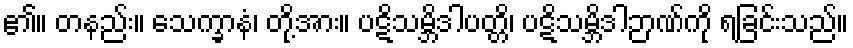
၏။ တနည်း။ သေက္ခာနံ၊ တို့အား။ ပဋိသမ္ဘိဒါပတ္တိ၊ ပဋိသမ္ဘိဒါဉာဏ်ကို ရခြင်းသည်။